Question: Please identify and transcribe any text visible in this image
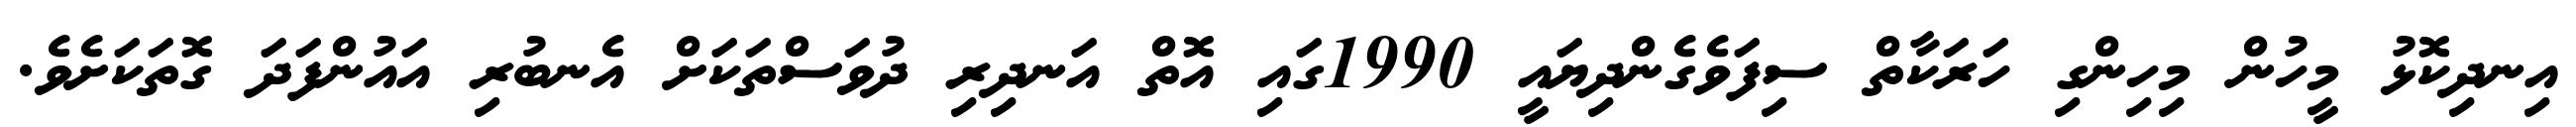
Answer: އިނދިކޮޅު މީހުން މިހިންގި ހަރަކާތް ސިފަވެގެންދިޔައީ 1990ގައި އޮތް އަނދިރި ދުވަސްތަކަށް އެނބުރި އައުންފަދަ ގޮތަކަށެވެ.